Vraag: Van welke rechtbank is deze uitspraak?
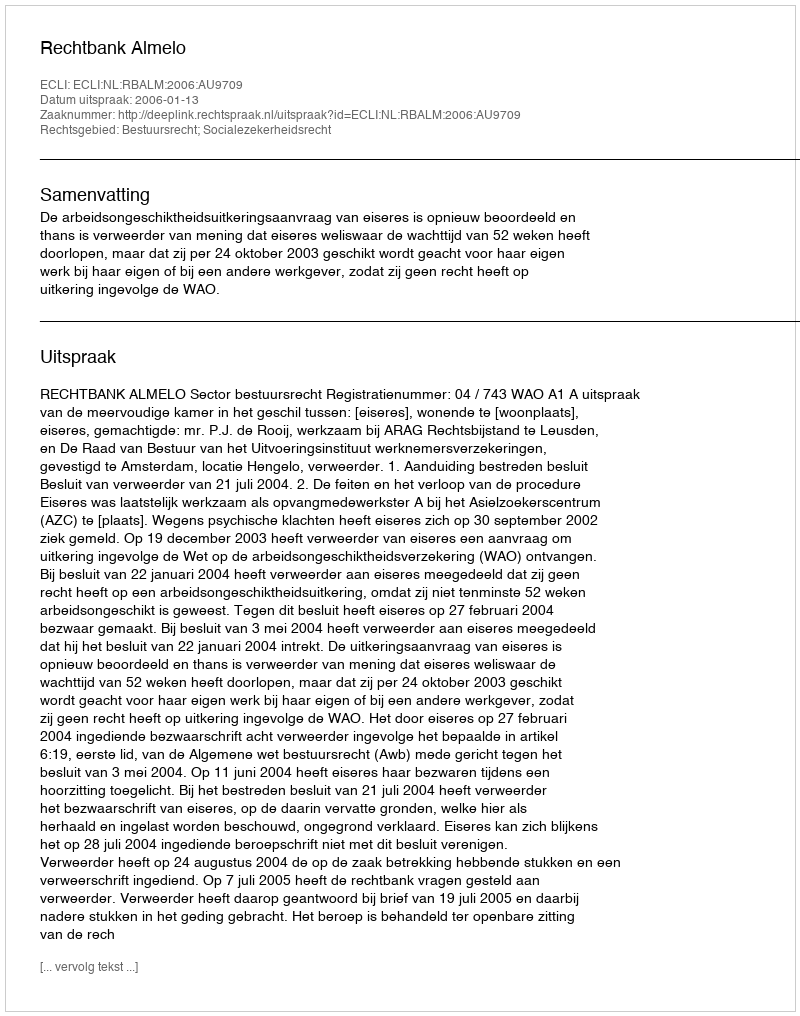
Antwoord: Rechtbank Almelo